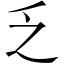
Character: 乏